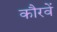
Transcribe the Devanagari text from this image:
कौरवें